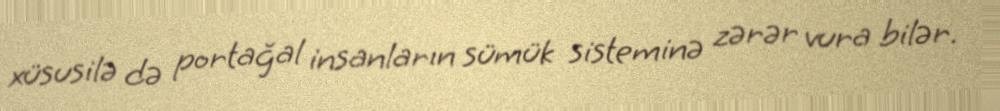
xüsusilə də portağal insanların sümük sisteminə zərər vura bilər.